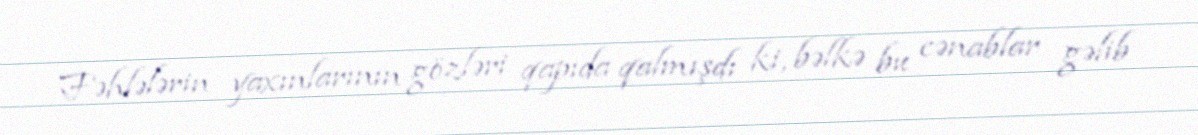
Fəhlələrin yaxınlarının gözləri qapıda qalmışdı ki, bəlkə bu cənablar gəlib